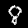
Digit: 8